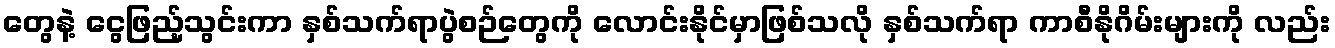
တွေနဲ့ ငွေဖြည့်သွင်းကာ နှစ်သက်ရာပွဲစဉ်တွေကို လောင်းနိုင်မှာဖြစ်သလို နှစ်သက်ရာ ကာစီနိုဂိမ်းများကို လည်း